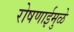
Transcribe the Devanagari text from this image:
रोषणाईमुळे